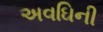
અવઘિની